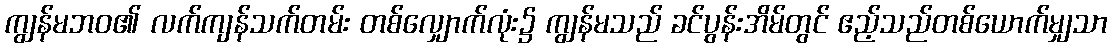
ကျွန်မဘဝ၏ လက်ကျန်သက်တမ်း တစ်လျှောက်လုံး၌ ကျွန်မသည် ခင်ပွန်းအိမ်တွင် ဧည့်သည်တစ်ယောက်မျှသာ